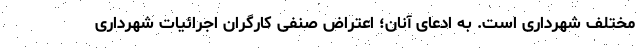
مختلف شهرداری است. به ادعای آنان؛ اعتراض صنفی کارگران اجرائیات شهرداری